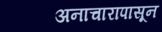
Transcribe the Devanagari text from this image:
अनाचारापासून